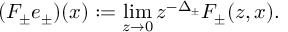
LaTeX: ( F _ { \pm } e _ { \pm } ) ( x ) : = \operatorname * { l i m } _ { z \to 0 } z ^ { - \Delta _ { \pm } } F _ { \pm } ( z , x ) .